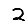
Digit: 2